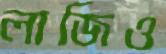
লাজিও